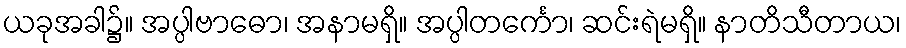
ယခုအခါ၌။ အပ္ပါဗာဓော၊ အနာမရှိ။ အပ္ပါတင်္ကော၊ ဆင်းရဲမရှိ။ နာတိသီတာယ၊